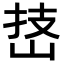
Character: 𪨵